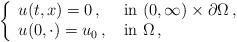
LaTeX: \begin{align*}\left\{\begin{array}{lll}u(t,x)=0\,,\; &\mbox{in }(0,\infty)\times\partial\Omega\,,\\u(0,\cdot)=u_0\,,\; &\mbox{in }\Omega\,,\end{array}\right.\end{align*}